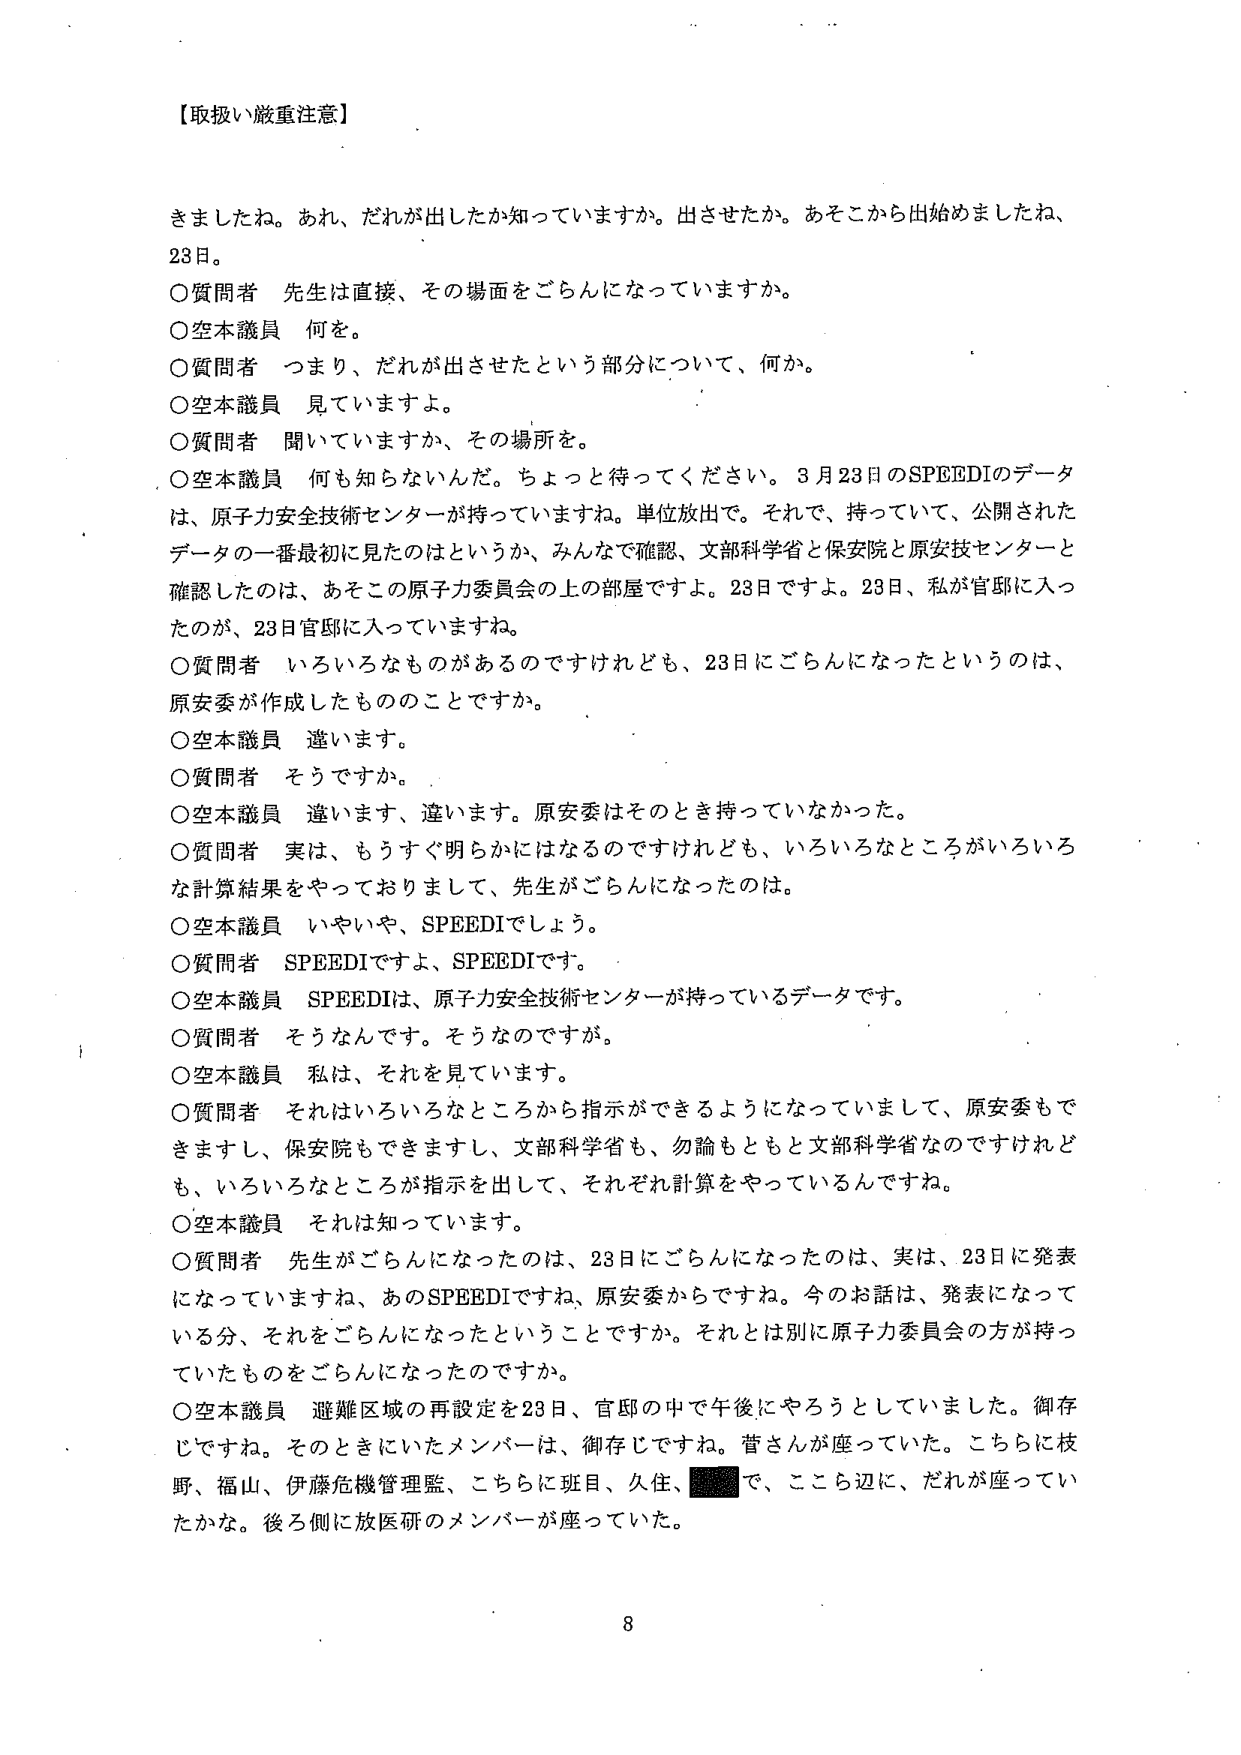
【取扱い厳重注意】

きましたね。あれ、だれが出したか知っていますか。出させたか。あそこから出始めましたね、23日。

〇質問者　先生は直接、その場面をごらんになっていますか。

〇空本議員　何を。

〇質問者　つまり、だれが出させたという部分について、何か。

〇空本議員　見ていますよ。

〇質問者　聞いていますか、その場所を。

〇空本議員　何も知らないんだ。ちょっと待ってください。3月23日のSPEEDIのデータは、原子力安全技術センターが持っていますね。単位放出で。それで、持っていて、公開されたデータの一番最初に見たのはというか、みんなで確認、文部科学省と保安院と原安技センターと確認したのは、あそこの原子力委員会の上の部屋ですよ。23日ですよ。23日、私が官邸に入ったのが、23日官邸に入っていきますね。

〇質問者　いろいろなものがあるのですけれども、23日にごらんになったというのは、原安委が作成したもののことですか。

〇空本議員　違います。

〇質問者　そうですか。

〇空本議員　違います、違います。原安委はそのとき持っていなかった。

〇質問者　実は、もうすぐ明らかにはなるのですけれども、いろいろなところがいろいろな計算結果をやっておりまして、先生がごらんになったのは。

〇空本議員　いやいや、SPEEDIでしょう。

〇質問者　SPEEDIですよ、SPEEDIです。

〇空本議員　SPEEDIは、原子力安全技術センターが持っているデータです。

〇質問者　そうなんです。そうなんですが。

〇空本議員　私は、それを見ています。

〇質問者　それはいろいろなところから指示ができるようになっていまして、原安委もできますし、保安院もできますし、文部科学省も、勿論もともと文部科学省なのですけれども、いろいろなところが指示を出して、それぞれ計算をやっているんです。

〇空本議員　それは知っています。

〇質問者　先生がごらんになったのは、23日にごらんになったのは、実は、23日に発表になっていますね、あのSPEEDIですね、原安委からですね。今のお話は、発表になっている分、それをごらんになったということですか。それとは別に原子力委員会の方が持っていたものをごらんになったのですか。

〇空本議員　避難区域の再設定を23日、官邸の中で午後にやろうとしていました。御存じですね。そのときにいたメンバーは、御存じですね。菅さんが座っていた。こちらに枝野、福山、伊藤危機管理監、こちらに班目、久住、■で、こっち辺に、だれが座っていたかな。後ろ側に放医研のメンバーが座っていた。

8